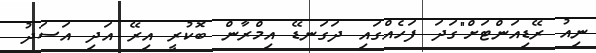
ނިއު ރޭޑިއަންޓަށް"ގަދަ ފަަހެއްގައި ދަގަނޑޭ އިމްރާން ބޮކުރީ އިރޭ އަދި އަސަދު